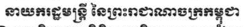
នាយករដ្ឋមន្រ្តី នៃព្រះរាជាណាចក្រកម្ពុជា